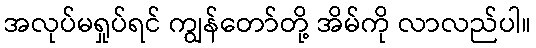
အလုပ်မရှုပ်ရင် ကျွန်တော်တို့ အိမ်ကို လာလည်ပါ။